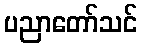
ပညာတော်သင်